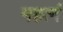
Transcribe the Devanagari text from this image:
महत्वं